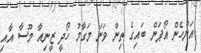
އަންހެން އޯޕަން ބައިގެ ތިން ވަނަ މަގާމު ހޯދީ ޒީނިއާ މޫސާ އާއި